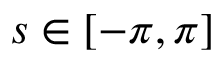
s \in \left[ - \pi , \pi \right]